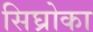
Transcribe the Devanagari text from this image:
सिघ्रोका